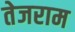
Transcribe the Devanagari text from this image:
तेजराम